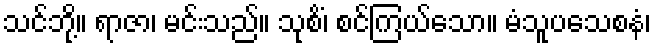
သင်ဘို့။ ရာဇာ၊ မင်းသည်။ သုစိံ၊ စင်ကြယ်သော။ မံသူပသေစနံ၊